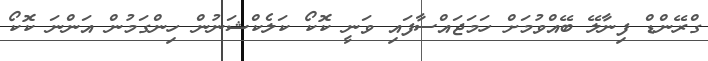
ގްރޭންޑް ފިނާލޭ ބޭއްވުމަށް ހަމަޖައްސާފައި ވަނީ ކޮކޯ ކަލެކްޝަނުން ހިންގަމުން އަންނަ ކޮކޯ